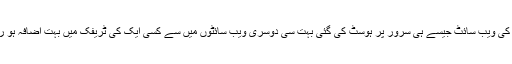
مزید یہ کہ آپ کی ویب سائٹ بھی نیچے جا سکتی ہے یہاں تک کہ اگر آپ کی ویب سائٹ جیسے ہی سرور پر ہوسٹ کی گئی بہت سی دوسری ویب سائٹوں میں سے کسی ایک کی ٹریفک میں بہت اضافہ ہو رہا ہے تو یہی معاملہ مشترکہ ہوسٹنگ کی سب سے مشترکہ خدمات کا ہے۔